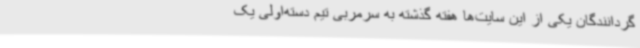
گردانندگان یکی از این سایت‌ها هفته گذشته به سرمربی تیم دسته‌اولی یک